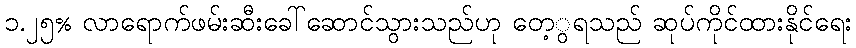
၁.၂၅% လာရောက်ဖမ်းဆီးခေါ်ဆောင်သွားသည်ဟု တေ့ွရသည် ဆုပ်ကိုင်ထားနိုင်ရေး